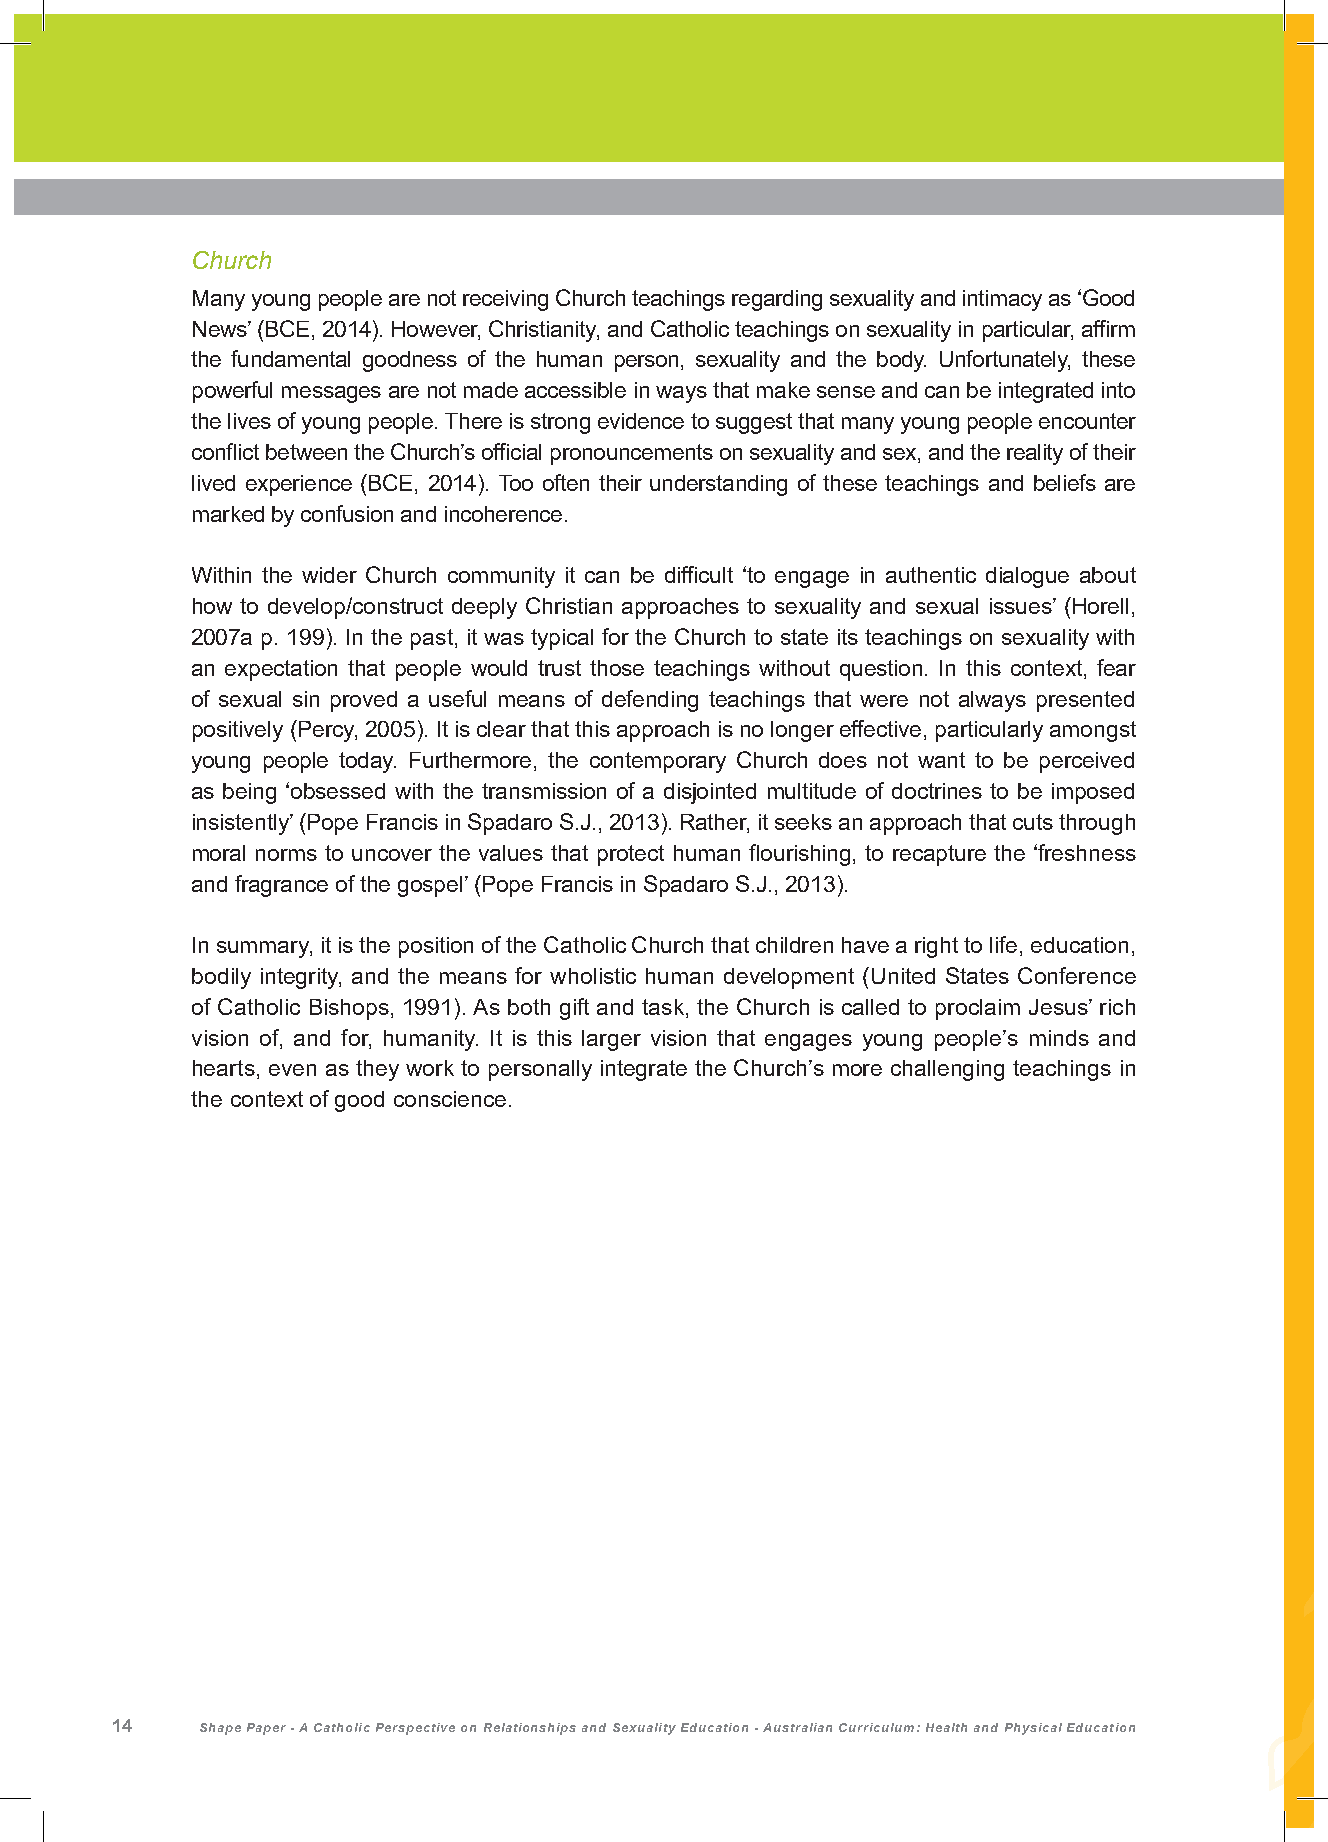
Church
 Many young people are not receiving Church teachings regarding sexuality and intimacy as ‘Good
 News’ (BCE, 2014). However, Christianity, and Catholic teachings on sexuality in particular, affirm
 the fundamental goodness of the human person, sexuality and the body. Unfortunately, these
 powerful messages are not made accessible in ways that make sense and can be integrated into
 the lives of young people. There is strong evidence to suggest that many young people encounter
 conflict between the Church’s official pronouncements on sexuality and sex, and the reality of their
 lived experience (BCE, 2014). Too often their understanding of these teachings and beliefs are
 marked by confusion and incoherence.
 Within the wider Church community it can be difficult ‘to engage in authentic dialogue about
 how to develop/construct deeply Christian approaches to sexuality and sexual issues’ (Horell,
 2007a p. 199). In the past, it was typical for the Church to state its teachings on sexuality with
 an expectation that people would trust those teachings without question. In this context, fear
 of sexual sin proved a useful means of defending teachings that were not always presented
 positively (Percy, 2005). It is clear that this approach is no longer effective, particularly amongst
 young people today. Furthermore, the contemporary Church does not want to be perceived
 as being ‘obsessed with the transmission of a disjointed multitude of doctrines to be imposed
 insistently’ (Pope Francis in Spadaro S.J., 2013). Rather, it seeks an approach that cuts through
 moral norms to uncover the values that protect human flourishing, to recapture the ‘freshness
 and fragrance of the gospel’ (Pope Francis in Spadaro S.J., 2013).
 In summary, it is the position of the Catholic Church that children have a right to life, education,
 bodily integrity, and the means for wholistic human development (United States Conference
 of Catholic Bishops, 1991). As both gift and task, the Church is called to proclaim Jesus’ rich
 vision of, and for, humanity. It is this larger vision that engages young people’s minds and
 hearts, even as they work to personally integrate the Church’s more challenging teachings in
 the context of good conscience.
 14    Shape Paper - A Catholic Perspective on Relationships and Sexuality Education - Australian Curriculum: Health and Physical Education